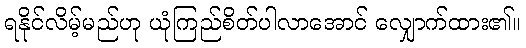
ရနိုင်လိမ့်မည်ဟု ယုံကြည်စိတ်ပါလာအောင် လျှောက်ထား၏။